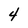
Character: 4